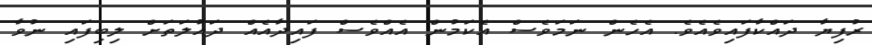
ރުފިޔާ ދައްކާފައިވެއެވެ. އެހެން ނަމަވެސް އެކަމުން އެއްވެސް ފައިދާއެއް ދައުލަތަށް ލިބިފައި ނުވާ